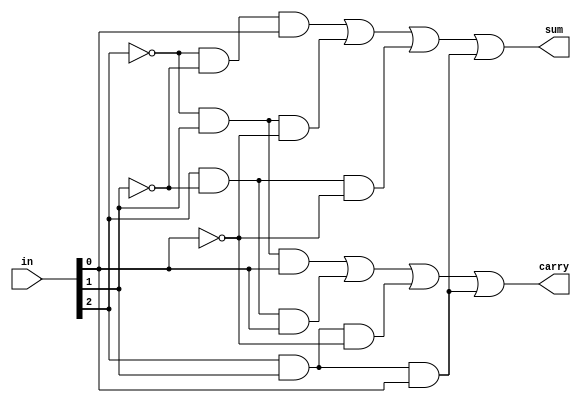
module fa_decoded(input [2:0]in,output reg sum,carry);
reg [7:0]o;
always@(*)
begin
o=decode(in,0);
sum=o[1]|o[2]|o[4]|o[7];
carry=o[3]|o[5]|o[6]|o[7];
end
function [7:0]decode(input [2:0]in,input en);
begin
decode[0]=~en&(~in[2]&~in[1]&~in[0]);
decode[1]=~en&(~in[2]&~in[1]&in[0]);
decode[2]=~en&(~in[2]&in[1]&~in[0]);
decode[3]=~en&(~in[2]&in[1]&in[0]);
decode[4]=~en&(in[2]&~in[1]&~in[0]);
decode[5]=~en&(in[2]&~in[1]&in[0]);
decode[6]=~en&(in[2]&in[1]&~in[0]);
decode[7]=~en&(in[2]&in[1]&in[0]);
end
endfunction
endmodule